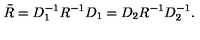
\tilde { R } = D _ { 1 } ^ { - 1 } R ^ { - 1 } D _ { 1 } = D _ { 2 } R ^ { - 1 } D _ { 2 } ^ { - 1 } .